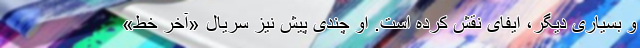
و بسیاری دیگر، ایفای نقش کرده است. او چندی پیش نیز سریال «آخر خط»